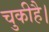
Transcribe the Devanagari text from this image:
चुकीहै।